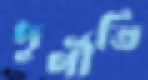
দুর্ণীতি